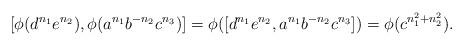
LaTeX: \begin{align*} [\phi(d^{n_1}e^{n_2}), \phi(a^{n_1}b^{-n_2}c^{n_3})]= \phi([d^{n_1}e^{n_2}, a^{n_1}b^{-n_2}c^{n_3}])= \phi(c^{n_1^2+n_2^2}).\end{align*}